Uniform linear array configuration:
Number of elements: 12
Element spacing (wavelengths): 1
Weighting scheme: kaiser
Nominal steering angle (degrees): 15
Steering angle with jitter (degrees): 13.373
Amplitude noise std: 0.05
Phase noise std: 0.05

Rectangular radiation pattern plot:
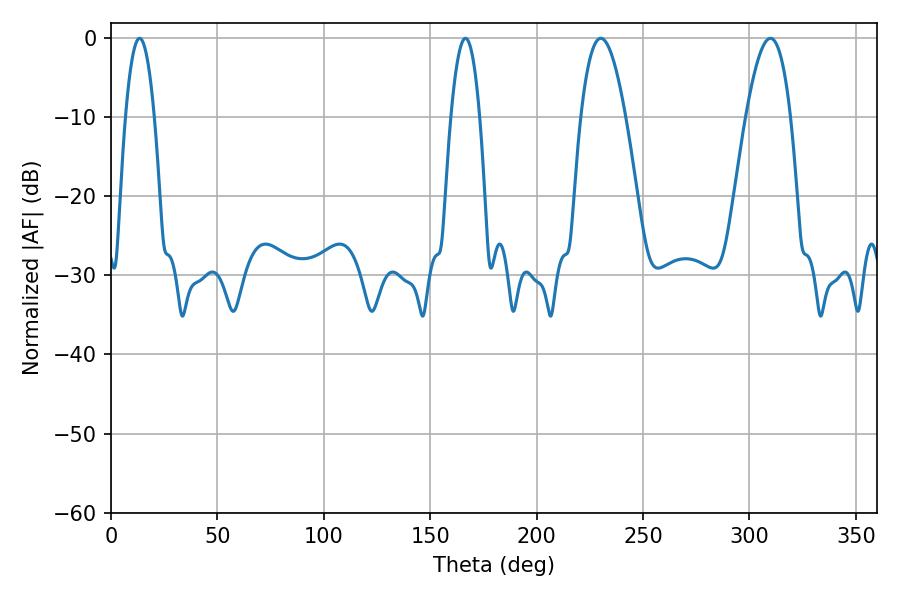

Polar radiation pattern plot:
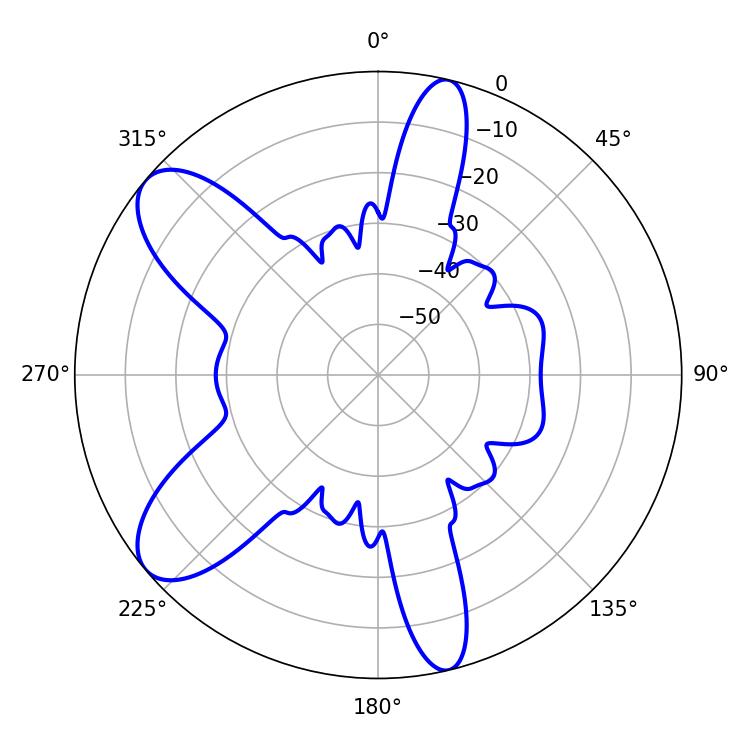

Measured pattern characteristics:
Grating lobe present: TRUE
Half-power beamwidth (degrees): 11.34
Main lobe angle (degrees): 309.78